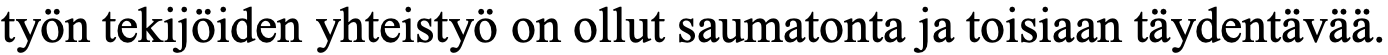
työn tekijöiden yhteistyö on ollut saumatonta ja toisiaan täydentävää.